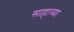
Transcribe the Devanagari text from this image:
साहाय्या